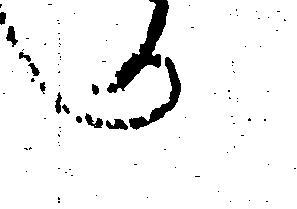
へ